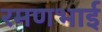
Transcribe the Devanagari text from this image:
रमणभाई